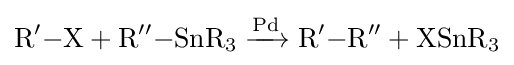
{\mathrm {R} {\vphantom {A}}^{\prime }{-}\mathrm {X} {}+{}\mathrm {R} {\vphantom {A}}^{\prime \prime }{-}\mathrm {SnR} {\vphantom {A}}_{\smash[{t}]{3}}{}\mathrel {\xrightarrow {\mathrm {Pd} } } {}\mathrm {R} {\vphantom {A}}^{\prime }{-}\mathrm {R} {\vphantom {A}}^{\prime \prime }{}+{}\mathrm {XSnR} {\vphantom {A}}_{\smash[{t}]{3}}}